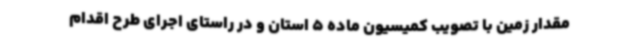
مقدار زمین با تصویب کمیسیون ماده 5 استان و در راستای اجرای طرح اقدام